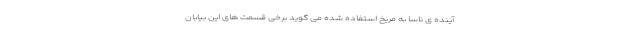
آینده ی ناسا به مریخ استفاده شده می گوید برخی قسمت های این بیابان